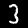
Label: 3